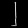
Digit: ၂